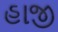
હાજી